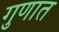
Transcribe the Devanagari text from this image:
गुणात